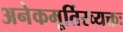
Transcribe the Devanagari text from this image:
अनेकमूर्तिरव्यक्तः